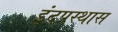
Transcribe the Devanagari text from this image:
इंद्रप्रस्थास